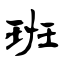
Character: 班